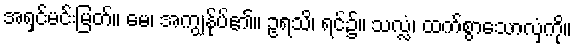
အရှင်မင်းမြတ်။ မေ၊ အကျွန်ုပ်၏။ ဥရသိ၊ ရင်၌။ သလ္လံ၊ ထက်စွာသောလှံကို။